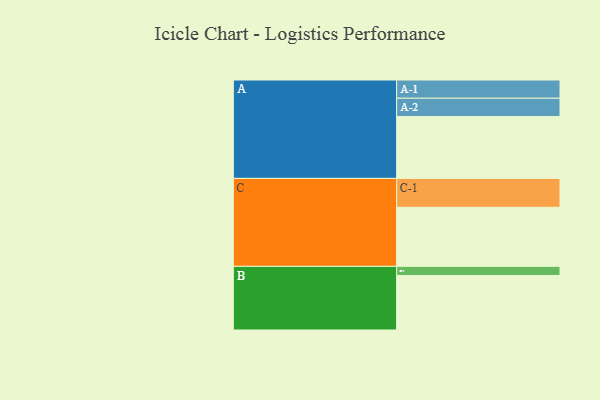
{"axis": {"x": "Segment", "y": "Value"}, "legend": ["", "A", "B", "C"], "data": [{"x": "A", "y": 510, "type": ""}, {"x": "B", "y": 449, "type": ""}, {"x": "C", "y": 486, "type": ""}, {"x": "A-1", "y": 150, "type": "A"}, {"x": "A-2", "y": 150, "type": "A"}, {"x": "B-1", "y": 75, "type": "B"}, {"x": "C-1", "y": 238, "type": "C"}]}